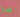
هيا